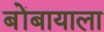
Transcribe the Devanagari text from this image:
बोंबायाला